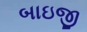
બાઇજી